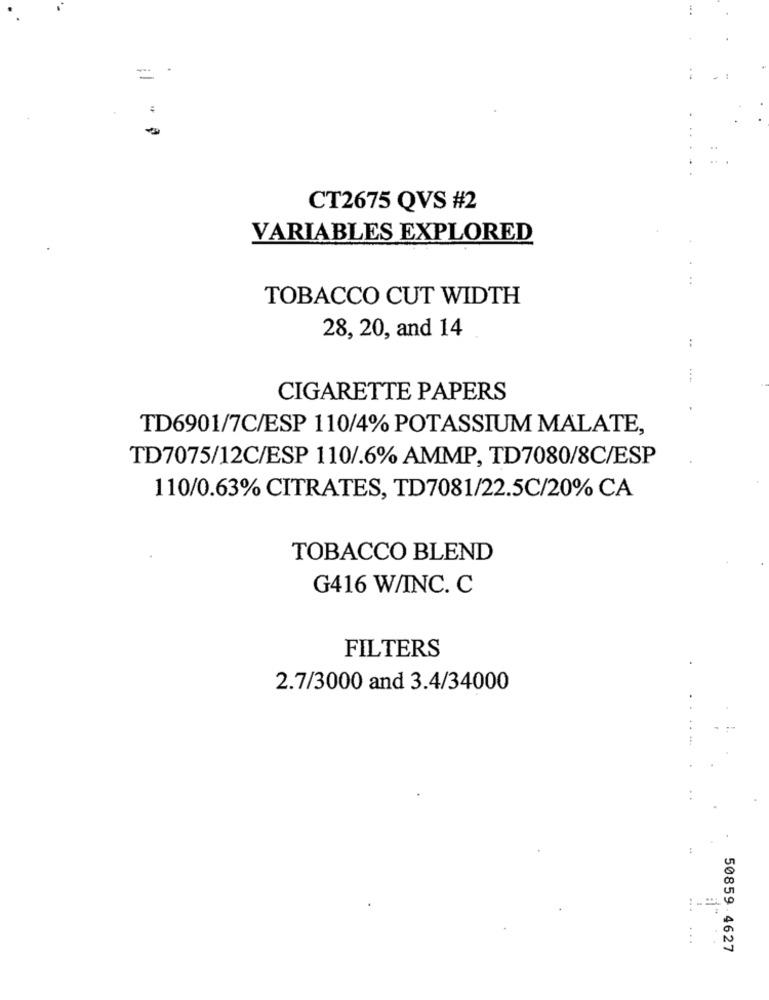
CT2675 QVS #2
VARIABLES EXPLORED
TOBACCO CUT WIDTH
28, 20, and 14
:
CIGARETTE PAPERS
TD6901/7C/ESP 110/4% POTASSIUM MALATE,
TD7075/12C/ESP 110/.6% AMMP, TD7080/8C/ESP
110/0.63% CITRATES, TD7081/22.5C/20% CA
TOBACCO BLEND
G416 W/INC. C
FILTERS
2.7/3000 and 3.4/34000
50859 4627